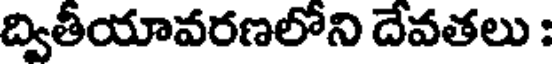
ద్వితీయావరణలోని దేవతలు :